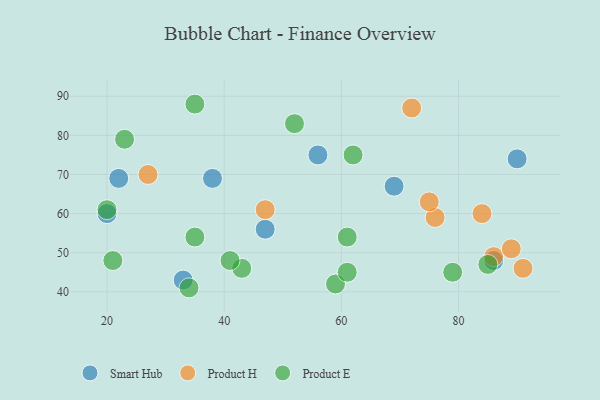
{"axis": {"x": "GDP", "y": "Life Expectancy"}, "legend": ["Product E", "Product H", "Smart Hub"], "data": [{"x": "90", "y": 74, "type": "Smart Hub"}, {"x": "22", "y": 69, "type": "Smart Hub"}, {"x": "86", "y": 48, "type": "Smart Hub"}, {"x": "33", "y": 43, "type": "Smart Hub"}, {"x": "69", "y": 67, "type": "Smart Hub"}, {"x": "47", "y": 56, "type": "Smart Hub"}, {"x": "38", "y": 69, "type": "Smart Hub"}, {"x": "20", "y": 60, "type": "Smart Hub"}, {"x": "56", "y": 75, "type": "Smart Hub"}, {"x": "86", "y": 49, "type": "Product H"}, {"x": "76", "y": 59, "type": "Product H"}, {"x": "75", "y": 63, "type": "Product H"}, {"x": "47", "y": 61, "type": "Product H"}, {"x": "72", "y": 87, "type": "Product H"}, {"x": "89", "y": 51, "type": "Product H"}, {"x": "84", "y": 60, "type": "Product H"}, {"x": "27", "y": 70, "type": "Product H"}, {"x": "91", "y": 46, "type": "Product H"}, {"x": "20", "y": 61, "type": "Product E"}, {"x": "85", "y": 47, "type": "Product E"}, {"x": "61", "y": 54, "type": "Product E"}, {"x": "43", "y": 46, "type": "Product E"}, {"x": "62", "y": 75, "type": "Product E"}, {"x": "52", "y": 83, "type": "Product E"}, {"x": "21", "y": 48, "type": "Product E"}, {"x": "59", "y": 42, "type": "Product E"}, {"x": "79", "y": 45, "type": "Product E"}, {"x": "35", "y": 54, "type": "Product E"}, {"x": "35", "y": 88, "type": "Product E"}, {"x": "34", "y": 41, "type": "Product E"}, {"x": "23", "y": 79, "type": "Product E"}, {"x": "61", "y": 45, "type": "Product E"}, {"x": "41", "y": 48, "type": "Product E"}]}